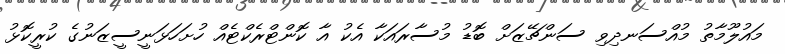
މައުލޫމާތު މުއްސަނދިވި ސަންޗޭޒަށް ބޮޑު މުސާރައަކާ އެކު އާ ކޮންޓްރެކްޓެއް ހުށަހަޅަނީސީޒަނުގެ ކުރީކޮޅު